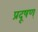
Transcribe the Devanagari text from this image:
प्रदूषण्